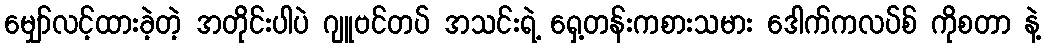
မျှော်လင့်ထားခဲ့တဲ့ အတိုင်းပါပဲ ဂျူဗင်တပ် အသင်းရဲ့ ရှေ့တန်းကစားသမား ဒေါက်ကလပ်စ် ကိုစတာ နဲ့